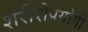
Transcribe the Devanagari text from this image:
शरीरोपयोगी